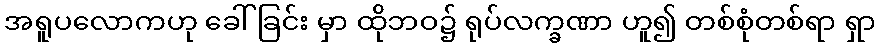
အရူပလောကဟု ခေါ်ခြင်း မှာ ထိုဘဝ၌ ရုပ်လက္ခဏာ ဟူ၍ တစ်စုံတစ်ရာ ရှာ